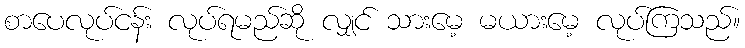
စာပေလုပ်ငန်း လုပ်ရမည်ဆို လျှင် သားမေ့ မယားမေ့ လုပ်ကြသည်။